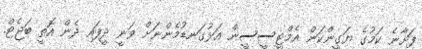
ފަށާނެ ކަމުގެ ޔަގީންކަން އެމްޓީސީސީން އަޅުގަނޑުމެންނަށް ވަނީ ދީފައި ދެން އޮތީ ބަޖެޓް.